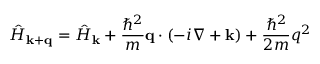
{ \hat { H } } _ { \mathbf { k } + \mathbf { q } } = { \hat { H } } _ { \mathbf { k } } + { \frac { \hbar ^ { 2 } } { m } } \mathbf { q } \cdot ( - i \nabla + \mathbf { k } ) + { \frac { \hbar ^ { 2 } } { 2 m } } q ^ { 2 }